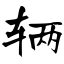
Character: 辆